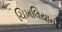
ચિખલિયાની